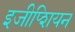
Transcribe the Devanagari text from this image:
इजीप्शियन